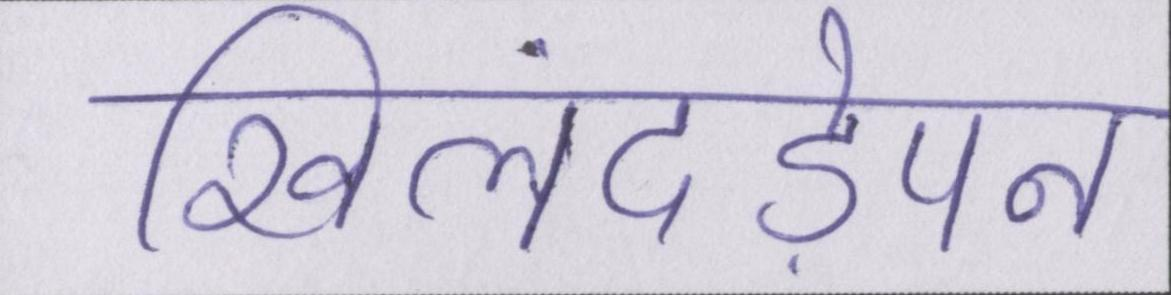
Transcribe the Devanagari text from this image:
खिलंदड़ेपन